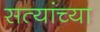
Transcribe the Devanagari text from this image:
सत्यांच्या